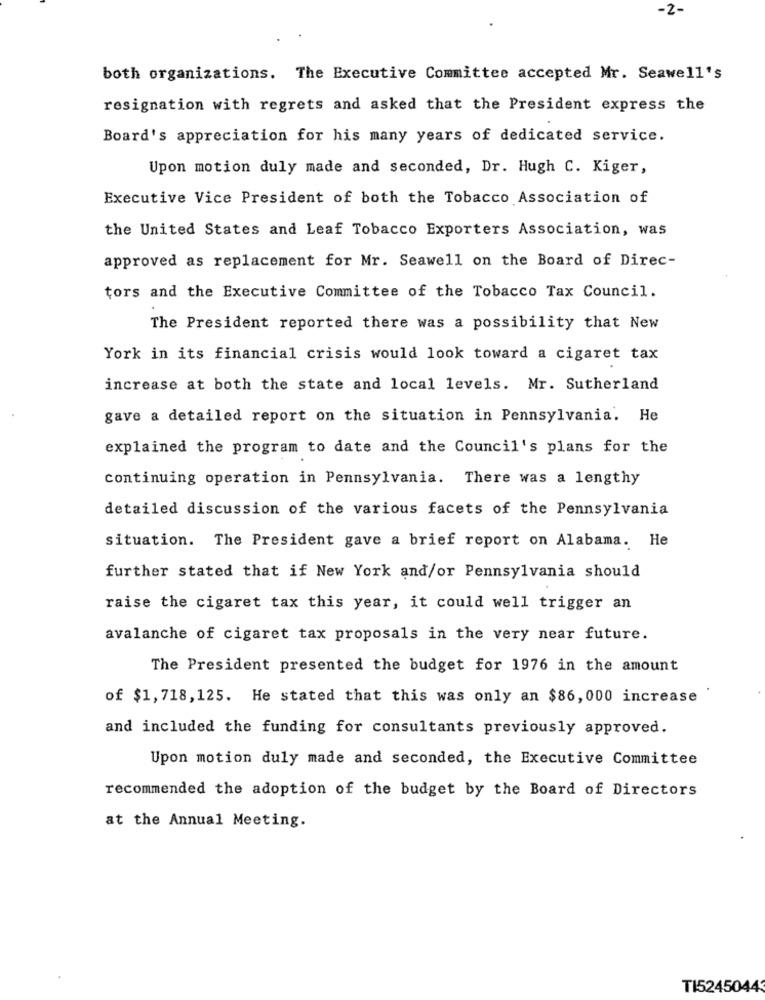
-2-
both organizations. The Executive Committee accepted Mr. Seawell's
resignation with regrets and asked that the President express the
Board's appreciation for his many years of dedicated service.
Upon motion duly made and seconded, Dr. Hugh C. Kiger,
Executive Vice President of both the Tobacco Association of
the United States and Leaf Tobacco Exporters Association, was
approved as replacement for Mr. Seawell on the Board of Direc-
tors and the Executive Committee of the Tobacco Tax Council.
The President reported there was a possibility that New
York in its financial crisis would look toward a cigaret tax
increase at both the state and local levels. Mr. Sutherland
gave a detailed report on the situation in Pennsylvania. He
explained the program to date and the Council's plans for the
continuing operation in Pennsylvania. There was a lengthy
detailed discussion of the various facets of the Pennsylvania
situation. The President gave a brief report on Alabama. He
further stated that if New York and/or Pennsylvania should
raise the cigaret tax this year, it could well trigger an
avalanche of cigaret tax proposals in the very near future.
The President presented the budget for 1976 in the amount
of $1,718,125. He stated that this was only an $86, 000 increase
and included the funding for consultants previously approved.
Upon motion duly made and seconded, the Executive Committee
recommended the adoption of the budget by the Board of Directors
at the Annual Meeting.
TI52450443